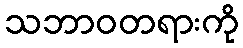
သဘာဝတရားကို